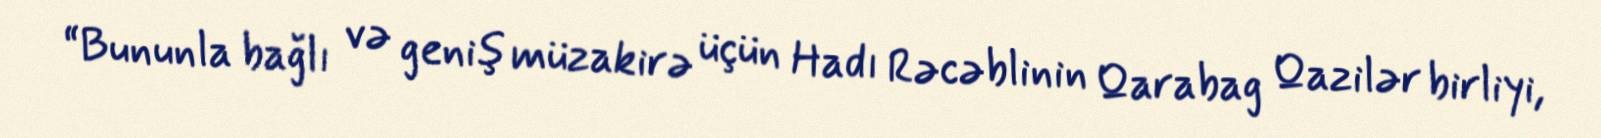
“Bununla bağlı və geniş müzakirə üçün Hadı Rəcəblinin Qarabag Qazilər birliyi,